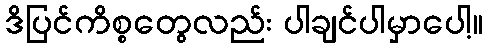
ဒိပြင်ကိစ္စတွေလည်း ပါချင်ပါမှာပေါ့။